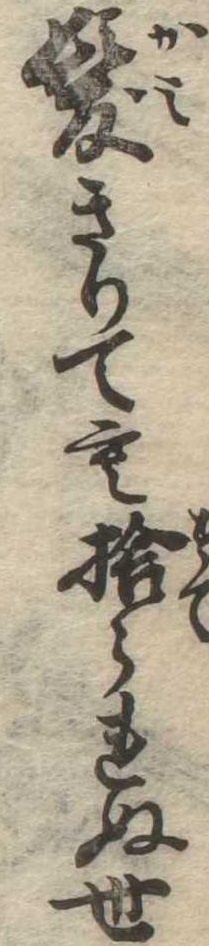
髪きりても捨られぬ世